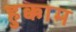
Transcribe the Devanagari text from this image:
हुक्काम